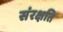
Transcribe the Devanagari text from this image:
संरक्षति